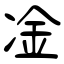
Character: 凎